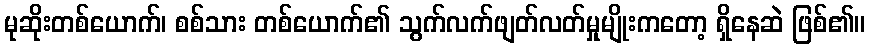
မုဆိုးတစ်ယောက်၊ စစ်သား တစ်ယောက်၏ သွက်လက်ဖျတ်လတ်မှုမျိုးကတော့ ရှိနေဆဲ ဖြစ်၏။